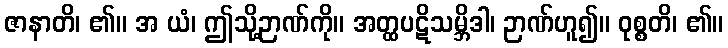
ဇာနာတိ၊ ၏။ အ ယံ၊ ဤသို့ဉာဏ်ကို။ အတ္ထပဋိသမ္ဘိဒါ၊ ဉာဏ်ဟူ၍။ ဝုစ္စတိ၊ ၏။